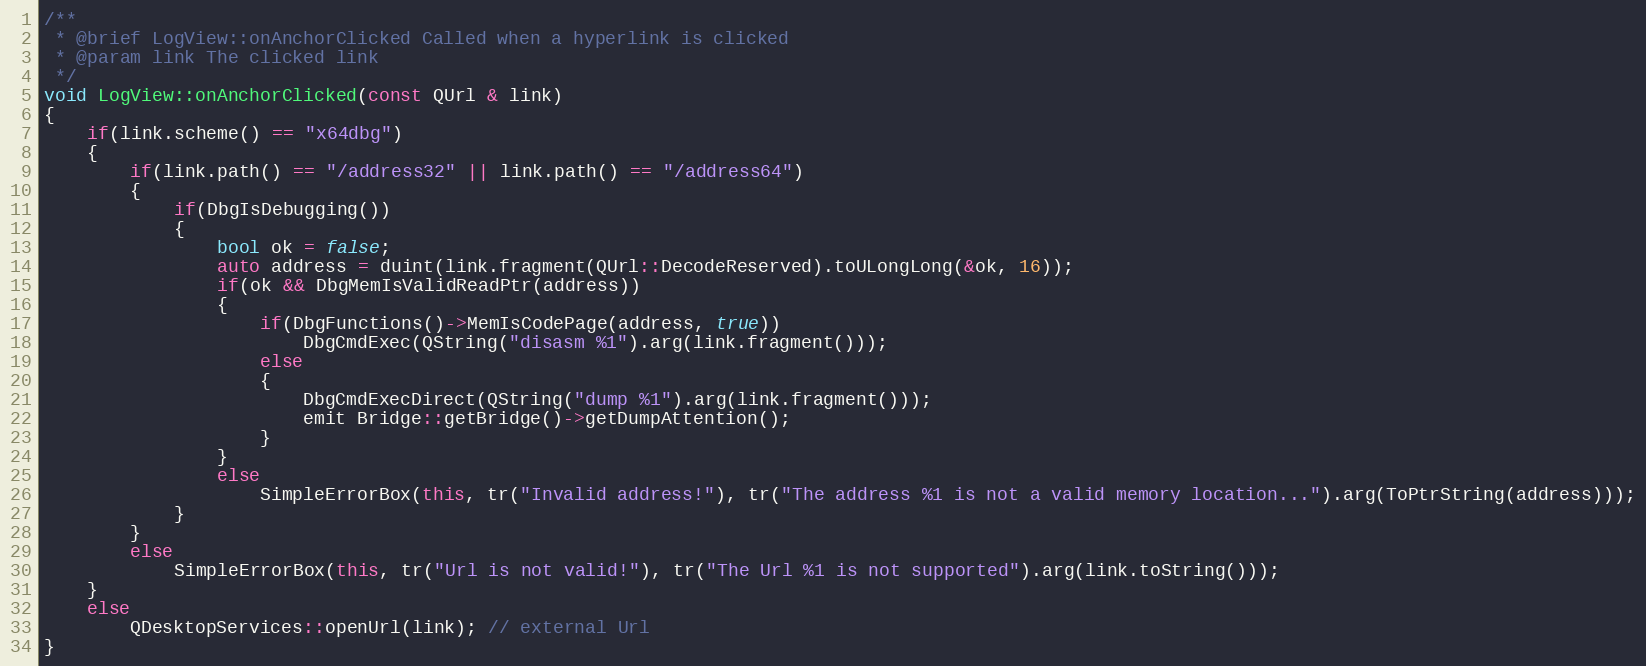
Language: C++
/**
 * @brief LogView::onAnchorClicked Called when a hyperlink is clicked
 * @param link The clicked link
 */
void LogView::onAnchorClicked(const QUrl & link)
{
    if(link.scheme() == "x64dbg")
    {
        if(link.path() == "/address32" || link.path() == "/address64")
        {
            if(DbgIsDebugging())
            {
                bool ok = false;
                auto address = duint(link.fragment(QUrl::DecodeReserved).toULongLong(&ok, 16));
                if(ok && DbgMemIsValidReadPtr(address))
                {
                    if(DbgFunctions()->MemIsCodePage(address, true))
                        DbgCmdExec(QString("disasm %1").arg(link.fragment()));
                    else
                    {
                        DbgCmdExecDirect(QString("dump %1").arg(link.fragment()));
                        emit Bridge::getBridge()->getDumpAttention();
                    }
                }
                else
                    SimpleErrorBox(this, tr("Invalid address!"), tr("The address %1 is not a valid memory location...").arg(ToPtrString(address)));
            }
        }
        else
            SimpleErrorBox(this, tr("Url is not valid!"), tr("The Url %1 is not supported").arg(link.toString()));
    }
    else
        QDesktopServices::openUrl(link); // external Url
}